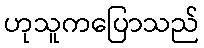
ဟုသူကပြောသည်